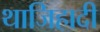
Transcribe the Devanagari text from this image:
थाजिहादी